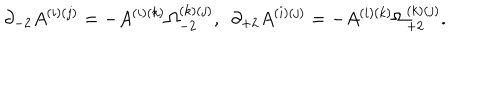
\partial _ { - 2 } A ^ { ( i ) ( j ) } = - A ^ { ( i ) ( k ) } \Omega _ { - 2 } ^ { ( k ) ( j ) } , \ \ \partial _ { + 2 } A ^ { ( i ) ( j ) } = - A ^ { ( i ) ( k ) } \Omega _ { + 2 } ^ { ( k ) ( j ) } .